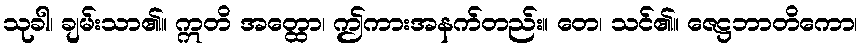
သုခါ၊ ချမ်းသာ၏။ ဣတိ အတ္ထော၊ ဤကားအနက်တည်း။ တေ၊ သင်၏။ ဇေဋ္ဌဘာတိကော၊